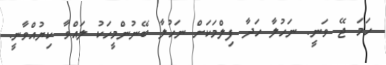
ހަމަ ޖޭ ވަނީ. ނަހުލާ ހަދާ ފިލްމަކަށް ނަހުލާ ބޭނުންމީހަކު ލައްވާ ކިޔުއްވާނީ.